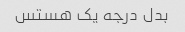
بدل درجه یک هستس